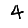
Digit: 4